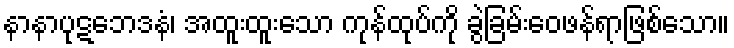
နာနာပုဋဘေဒနံ၊ အထူးထူးသော ကုန်ထုပ်ကို ခွဲခြမ်းဝေဖန်ရာဖြစ်သော။